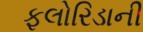
ફલોરિડાની